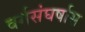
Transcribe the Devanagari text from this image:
वर्गसंघर्षास